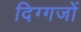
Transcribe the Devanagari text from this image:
दिग्‍गजों